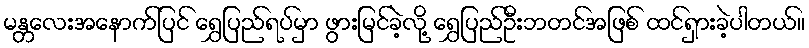
မန္တလေးအနောက်ပြင် ရွှေပြည်ရပ်မှာ ဖွားမြင်ခဲ့လို့ ရွှေပြည်ဦးဘတင်အဖြစ် ထင်ရှားခဲ့ပါတယ်။